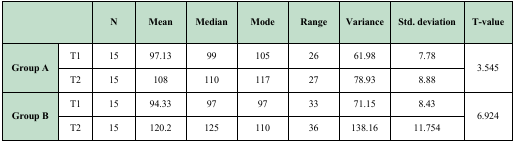
| <COLSPAN=2>  | N | Mean | Median | Mode | Range | Variance | Std. deviation | T-value |
 | --- | --- | --- | --- | --- | --- | --- | --- | --- | --- |
 | <ROWSPAN=2> Group A | T1 | 15 | 97.13 | 99 | 105 | 26 | 61.98 | 7.78 | <ROWSPAN=2> 3.545 |
 | T2 | 15 | 108 | 110 | 117 | 27 | 78.93 | 8.88 |
 | <ROWSPAN=2> Group B | T1 | 15 | 94.33 | 97 | 97 | 33 | 71.15 | 8.43 | <ROWSPAN=2> 6.924 |
 | T2 | 15 | 120.2 | 125 | 110 | 36 | 138.16 | 11.754 |